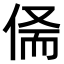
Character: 𠉺